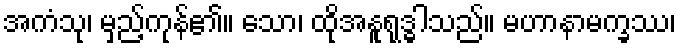
အကံသု၊ မှည့်ကုန်၏။ သော၊ ထိုအနူရုဒ္ဓါသည်။ မဟာနာမက္ခဿ၊